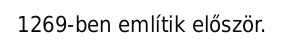
1269-ben említik először.